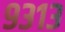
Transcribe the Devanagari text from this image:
९३१३